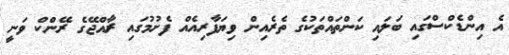
އެ އިންޑެކްސްގައި ބަލައި ކަންތައްތަކުގެ ތެރެއިން ވިޔަފާރިއެއް ފެށުމުގައި ރާއްޖޭގެ ރޭންކް ވަނީ